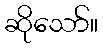
ဆိုသော်။